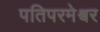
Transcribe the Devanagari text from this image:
पतिपरमेश्वर